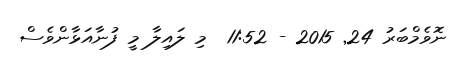
ނޮވެމްބަރު 24